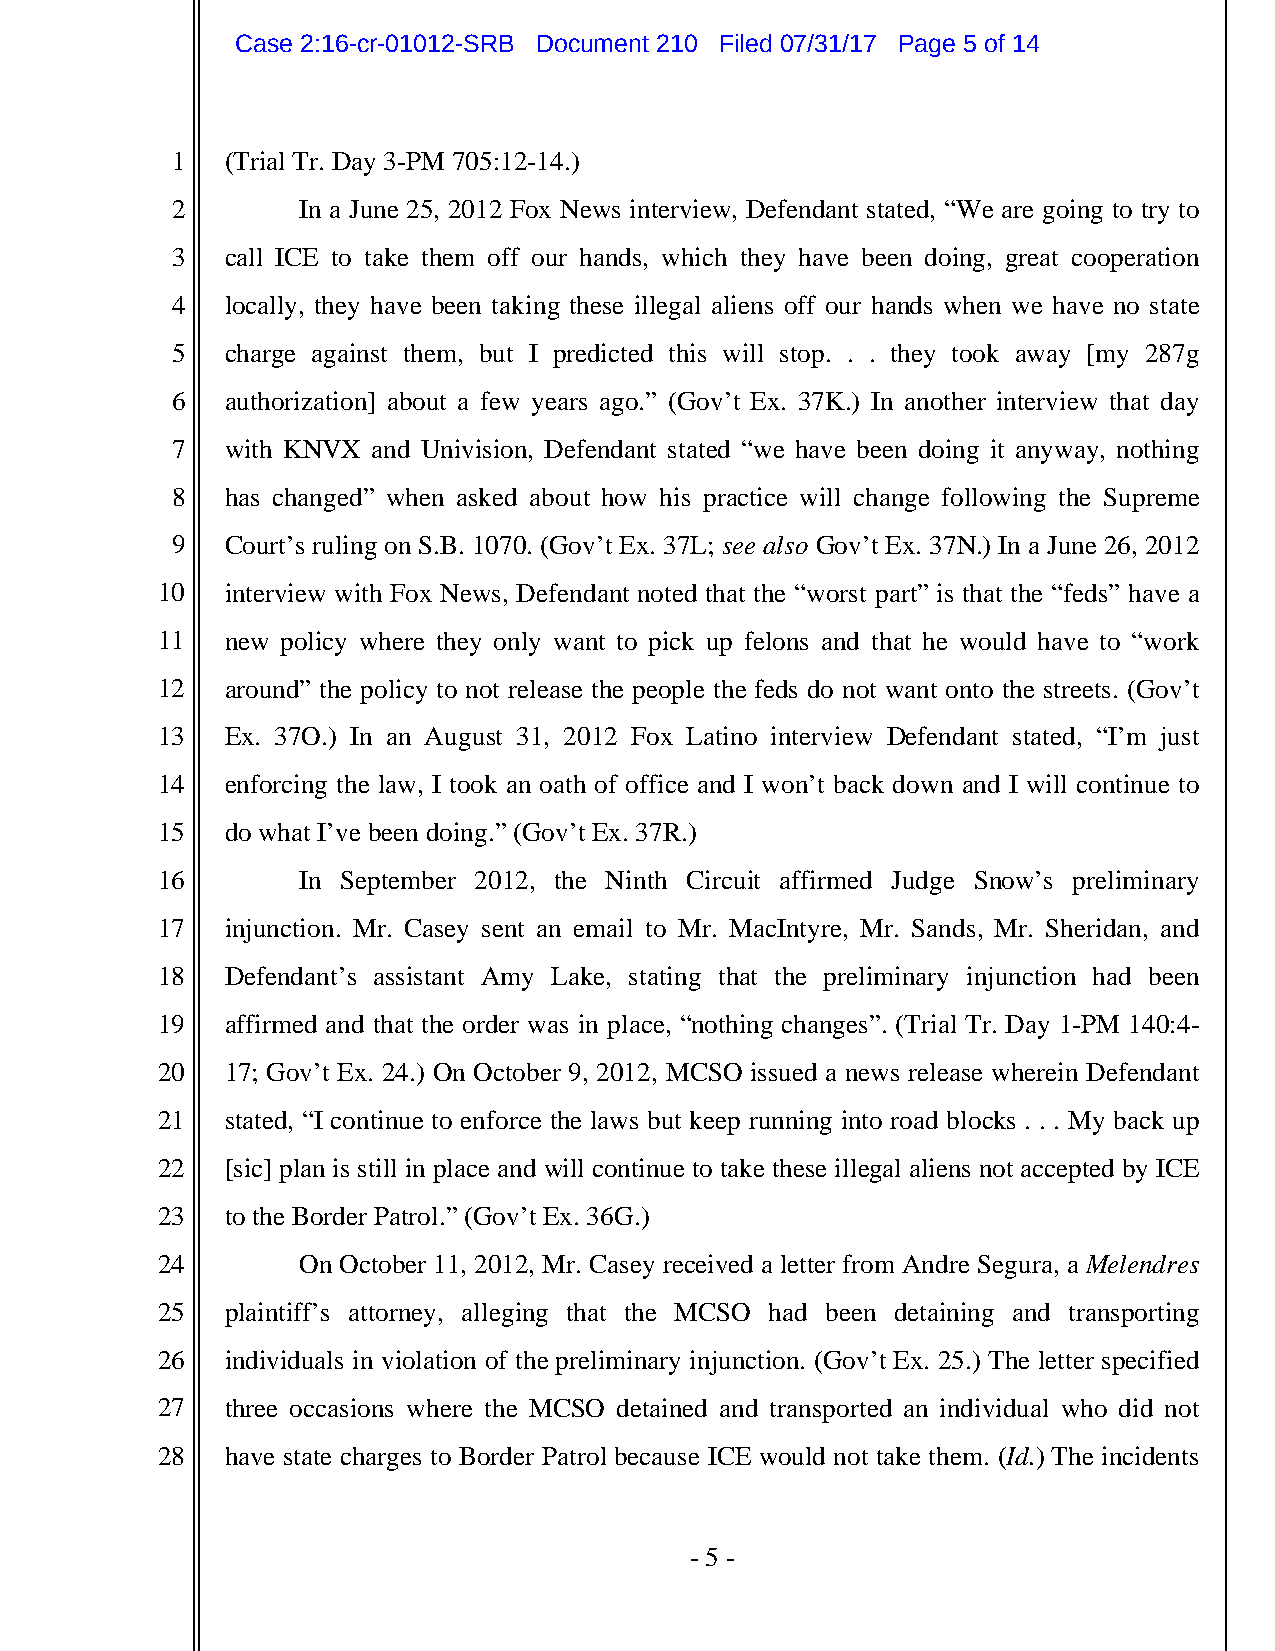
Case 2:16-cr-01012-SRB Document 210 Filed 07/31/17 Page 5 of 14
 1   (Trial Tr. Day 3-PM 705:12-14.)
 2        In a June 25, 2012 Fox News interview, Defendant stated, “We are going to try to
 3   call ICE to take them off our hands, which they have been doing, great cooperation
 4   locally, they have been taking these illegal aliens off our hands when we have no state
 5   charge against them, but I predicted this will stop. . . they took away [my 287g
 6   authorization] about a few years ago.” (Gov’t Ex. 37K.) In another interview that day
 7   with KNVX and Univision, Defendant stated “we have been doing it anyway, nothing
 8   has changed” when asked about how his practice will change following the Supreme
 9   Court’s ruling on S.B. 1070. (Gov’t Ex. 37L; see also Gov’t Ex. 37N.) In a June 26, 2012
 10   interview with Fox News, Defendant noted that the “worst part” is that the “feds” have a
 11   new policy where they only want to pick up felons and that he would have to “work
 12   around” the policy to not release the people the feds do not want onto the streets. (Gov’t
 13   Ex. 37O.) In an August 31, 2012 Fox Latino interview Defendant stated, “I’m just
 14   enforcing the law, I took an oath of office and I won’t back down and I will continue to
 15   do what I’ve been doing.” (Gov’t Ex. 37R.)
 16        In September 2012, the Ninth Circuit affirmed Judge Snow’s preliminary
 17   injunction. Mr. Casey sent an email to Mr. MacIntyre, Mr. Sands, Mr. Sheridan, and
 18   Defendant’s assistant Amy Lake, stating that the preliminary injunction had been
 19   affirmed and that the order was in place, “nothing changes”. (Trial Tr. Day 1-PM 140:4-
 20   17; Gov’t Ex. 24.) On October 9, 2012, MCSO issued a news release wherein Defendant
 21   stated, “I continue to enforce the laws but keep running into road blocks . . . My back up
 22   [sic] plan is still in place and will continue to take these illegal aliens not accepted by ICE
 23   to the Border Patrol.” (Gov’t Ex. 36G.)
 24        On October 11, 2012, Mr. Casey received a letter from Andre Segura, a Melendres
 25   plaintiff’s attorney, alleging that the MCSO had been detaining and transporting
 26   individuals in violation of the preliminary injunction. (Gov’t Ex. 25.) The letter specified
 27   three occasions where the MCSO detained and transported an individual who did not
 28   have state charges to Border Patrol because ICE would not take them. (Id.) The incidents
 - 5 -